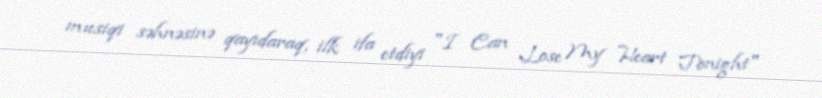
musiqi səhnəsinə qayıdaraq, ilk ifa etdiyi "I Can Lose My Heart Tonight"